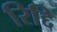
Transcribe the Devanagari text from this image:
रिद्दि